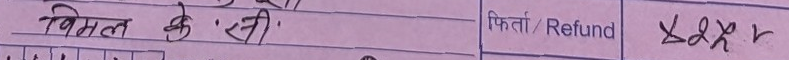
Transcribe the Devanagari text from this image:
विमत के होनी